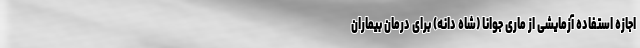
اجازه استفاده آزمایشی از ماری جوانا (شاه دانه) برای درمان بیماران